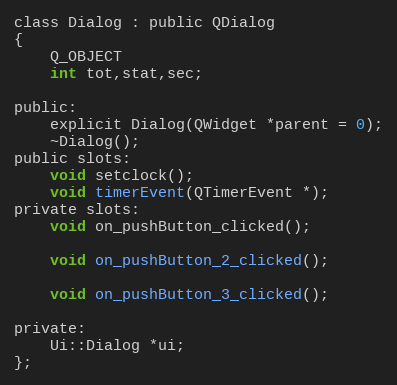
Language: C
class Dialog : public QDialog
{
    Q_OBJECT
    int tot,stat,sec;

public:
    explicit Dialog(QWidget *parent = 0);
    ~Dialog();
public slots:
    void setclock();
    void timerEvent(QTimerEvent *);
private slots:
    void on_pushButton_clicked();

    void on_pushButton_2_clicked();

    void on_pushButton_3_clicked();

private:
    Ui::Dialog *ui;
};